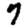
Digit: 7